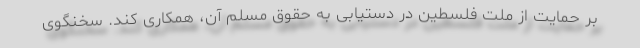
بر حمایت از ملت فلسطین در دستیابی به حقوق مسلم آن، همکاری کند. سخنگوی